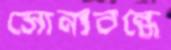
সোনাবন্ধে